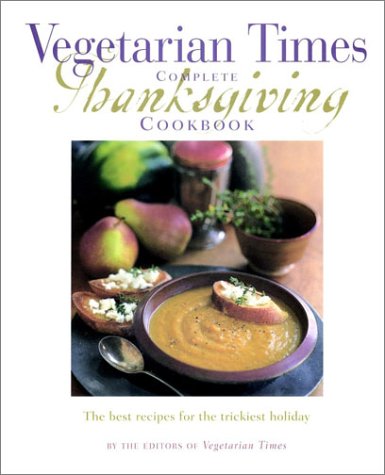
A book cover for Vegetarian Times Complete Thanksgiving Cookbook; Editors of Vegetarian Times; Cookbooks, Food & Wine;